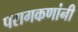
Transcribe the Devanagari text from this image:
परागकणांनी